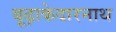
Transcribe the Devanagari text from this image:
बूढ़ाकेदारनाथ